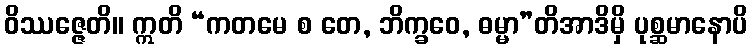
ဝိဿဇ္ဇေတိ။ ဣတိ “ကတမေ စ တေ, ဘိက္ခဝေ, ဓမ္မာ”တိအာဒိမှိ ပုစ္ဆမာနောပိ